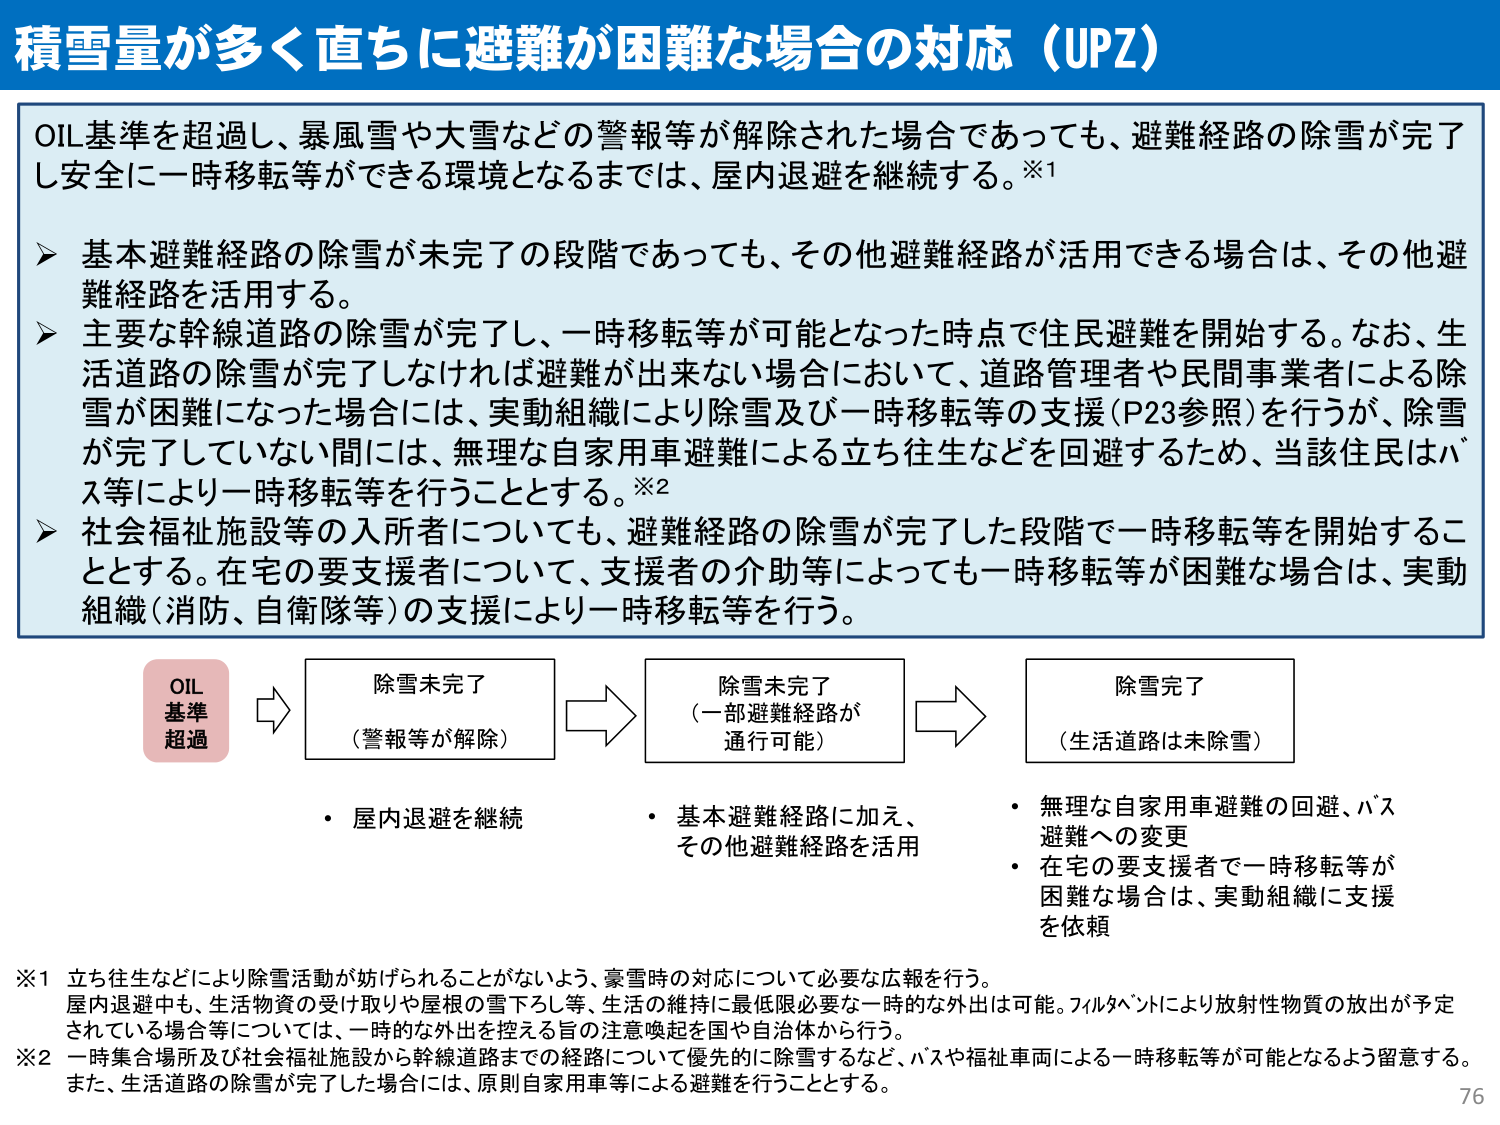
積雪量が多く直ちに避難が困難な場合の対応（UPZ）

OIL基準を超過し、暴風雪や大雪などの警報等が解除された場合であっても、避難経路の除雪が完了し安全に一時移転等ができる環境となるまでは、屋内退避を継続する。※1

➤ 基本避難経路の除雪が未完了の段階であっても、その他避難経路が活用できる場合は、その他避難経路を活用する。

➤ 主要な幹線道路の除雪が完了し、一時移転等が可能となった時点で住民避難を開始する。なお、生活道路の除雪が完了しなければ避難が出来ない場合において、道路管理者や民間事業者による除雪が困難になった場合には、実動組織により除雪及び一時移転等の支援（P23参照）を行うが、除雪が完了していない間には、無理な自家用車避難による立ち往生などを回避するため、当該住民はバス等により一時移転等を行うこととする。※2

➤ 社会福祉施設等の入所者についても、避難経路の除雪が完了した段階で一時移転等を開始することとする。在宅の要支援者について、支援者の介助等によっても一時移転等が困難な場合は、実動組織（消防、自衛隊等）の支援により一時移転等を行う。

OIL
基準
超過

除雪未完了
（警報等が解除）

除雪未完了
（一部避難経路が
通行可能）

除雪完了
（生活道路は未除雪）

・ 屋内退避を継続
・ 基本避難経路に加え、
その他避難経路を活用
・ 無理な自家用車避難の回避、バス
避難への変更
・ 在宅の要支援者で一時移転等が
困難な場合は、実動組織に支援
を依頼

※1 立ち往生などにより除雪活動が妨げられることがないよう、豪雪時の対応について必要な広報を行う。
屋内退避中も、生活物資の受け取りや屋根の雪下ろし等、生活の維持に最低限必要な一時的な外出は可能。フィルタベントにより放射性物質の放出が予定されている場合等については、一時的な外出を控える旨の注意喚起を国や自治体から行う。

※2 一時集合場所及び社会福祉施設から幹線道路までの経路について優先的に除雪するなど、バスや福祉車両による一時移転等が可能となるよう留意する。
また、生活道路の除雪が完了した場合には、原則自家用車等による避難を行うこととする。

76